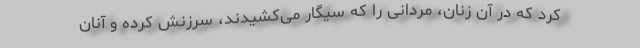
کرد که در آن زنان، مردانی را که سیگار می‌کشیدند، سرزنش کرده و آنان